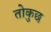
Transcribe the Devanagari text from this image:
तोकुछ